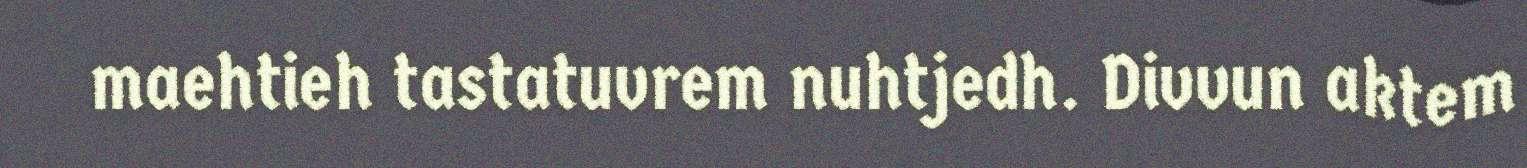
maehtieh tastatuvrem nuhtjedh. Divvun aktem